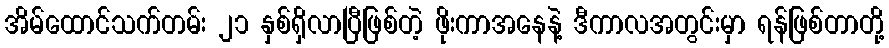
အိမ်ထောင်သက်တမ်း ၂၁ နှစ်ရှိလာပြီဖြစ်တဲ့ ဖိုးကာအနေနဲ့ ဒီကာလအတွင်းမှာ ရန်ဖြစ်တာတို့